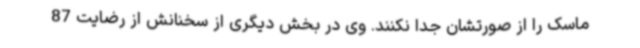
ماسک را از صورتشان جدا نکنند. وی در بخش دیگری از سخنانش از رضایت 87